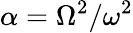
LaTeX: {\alpha=\Omega^{2}/\omega^{2}}